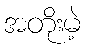
အတိုးမဲ့